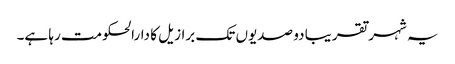
یہ شہر تقریبا دو صدیوں تک برازیل کا دارالحکومت رہا ہے۔